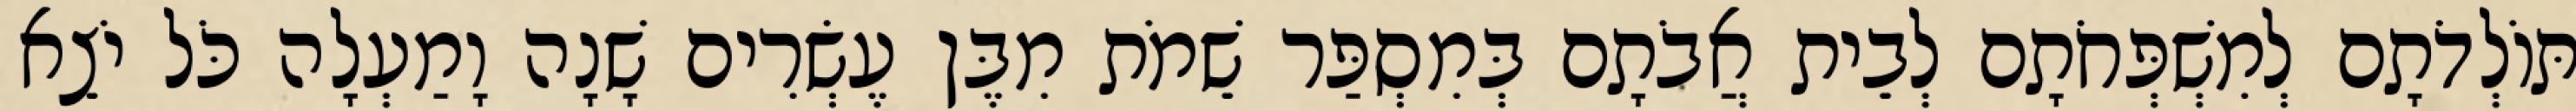
תּוֹלְדֹתָם לְמִשְׁפְּחֹתָם לְבֵית אֲבֹתָם בְּמִסְפַּר שֵׁמֹת מִבֶּן עֶשְׂרִים שָׁנָה וָמַעְלָה כֹּל יֹצֵא